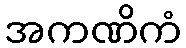
အကဏိကံ